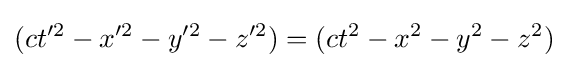
(ct'^{2}-x'^{2}-y'^{2}-z'^{2})=(ct^{2}-x^{2}-y^{2}-z^{2})